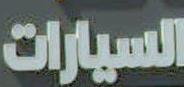
السيارات